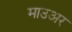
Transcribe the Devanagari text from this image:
माउअर